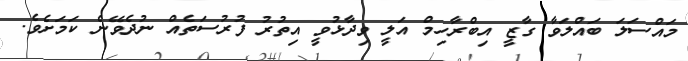
މައްސަލަ ބައްލަވާ ގާޒީ އިބްރާހިމް އަލީ ވިދާޅުވީ އިތުރު ފުރުސަތެއް ނުދެވޭނެ ކަމަށެވެ.